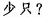
少只?